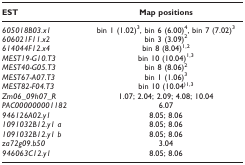
<table><thead><tr><td><b>EST</b></td><td><b>Map positions</b></td></tr></thead><tbody><tr><td><i>605018B03.x1</i></td><td>bin 1 (1.02)<sup>3</sup>, bin 6 (6.00)<sup>4</sup>, bin 7 (7.02)<sup>3</sup></td></tr><tr><td><i>606021F11.x2</i></td><td>bin 3 (3.09)<sup>2</sup></td></tr><tr><td><i>614044F12.x4</i></td><td>bin 8 (8.04)<sup>1,2</sup></td></tr><tr><td><i>MEST19-G10.T3</i></td><td>bin 10 (10.04)<sup>1,3</sup></td></tr><tr><td><i>MEST40-G05.T3</i></td><td>bin 8 (8.06)<sup>2</sup></td></tr><tr><td><i>MEST67-A07.T3</i></td><td>bin 1 (1.06)<sup>3</sup></td></tr><tr><td><i>MEST82-F04.T3</i></td><td>bin 10 (10.04<sup>)1,3</sup></td></tr><tr><td><i>Zm06_09h07_R</i></td><td>1.07; 2.04; 2.09; 4.08; 10.04</td></tr><tr><td><i>PAC000000001182</i></td><td>6.07</td></tr><tr><td><i>946126A02.y1</i></td><td>8.05; 8.06</td></tr><tr><td><i>1091032B12.y1 a</i></td><td>8.05; 8.06</td></tr><tr><td><i>1091032B12.y1 b</i></td><td>8.05; 8.06</td></tr><tr><td><i>za72g09.b50</i></td><td>3.04</td></tr><tr><td><i>946063C12.y1</i></td><td>8.05; 8.06</td></tr></tbody></table>